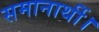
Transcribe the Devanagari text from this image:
समानार्थी।